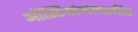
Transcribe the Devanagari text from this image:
ऑस्टियोमेलाइटिस